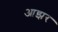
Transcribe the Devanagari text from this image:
आझर